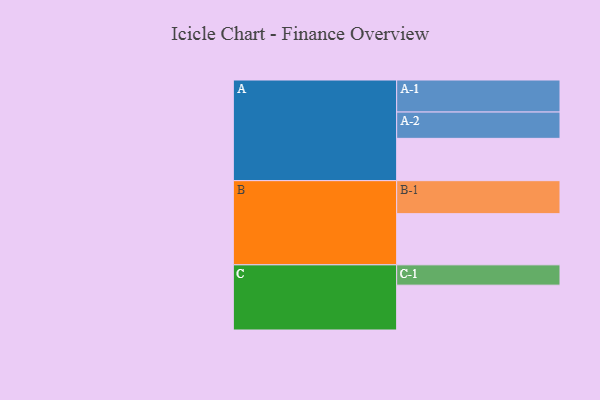
{"axis": {"x": "Segment", "y": "Value"}, "legend": ["", "A", "B", "C"], "data": [{"x": "A", "y": 354, "type": ""}, {"x": "B", "y": 428, "type": ""}, {"x": "C", "y": 375, "type": ""}, {"x": "A-1", "y": 268, "type": "A"}, {"x": "A-2", "y": 220, "type": "A"}, {"x": "B-1", "y": 276, "type": "B"}, {"x": "C-1", "y": 170, "type": "C"}]}